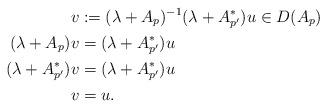
LaTeX: \begin{align*}v&:=(\lambda+A_p)^{-1}(\lambda+A_{p'}^\ast)u\in D(A_p)\\(\lambda+A_p)v &=(\lambda+A_{p'}^\ast)u\\(\lambda+A_{p'}^\ast)v&=(\lambda+A_{p'}^\ast)u\\v&=u. \end{align*}